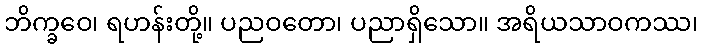
ဘိက္ခဝေ၊ ရဟန်းတို့။ ပညဝတော၊ ပညာရှိသော။ အရိယသာဝကဿ၊